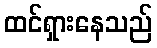
ထင်ရှားနေသည်